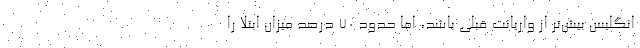
انگلیس بیش‌تر از واریانت قبلی باشد، اما حدود ۷۰ درصد میزان ابتلا را